system: You are a helpful assistant.
user:
Analyze the provided spectrum to determine if it is a **"Cataclysmic Variables (CV)"**.

- **Key Indicators for CV (Check for either state):**
    - **State 1: Quiescent / Low-State (Emission-Dominated)**
        - **(Primary):** Strong and *very broad* Hydrogen Balmer emission lines (e.g., $H\alpha$ at 6563 Å, $H\beta$ at 4861 Å). The 'broadness' (high velocity dispersion, often FWHM > 1000 km/s) is the key diagnostic, indicating a high-velocity accretion disk.
        - **(Secondary):** Broad neutral Helium (He I) emission lines (e.g., 5876 Å, 6678 Å).
        - **(Key Confirmation):** Presence of high-excitation *ionized* Helium (He II) emission at 4686 Å. This is a strong indicator of accretion onto a white dwarf.
        - **(Line Profile):** Emission lines may exhibit a 'double-peaked' profile, which is a classic signature of a rotating accretion disk viewed at high inclination.

    - **State 2: Outburst / High-State (Absorption-Dominated)**
        - **(Primary):** Spectrum is dominated by a bright, blue continuum (looks like a hot star).
        - **(Secondary):** The emission lines from State 1 are weak, absent, or 'filled in', and are replaced by broad, shallow *absorption* lines (primarily Balmer and He I).
        - **(Morphology):** The overall spectrum mimics a hot B/A-type star. The crucial difference is that the absorption lines are significantly broader, shallower, and more 'washed-out' (or 'smeared') than the sharp lines of a normal stellar photosphere, due to high rotational speeds and pressure broadening in the disk.

Think first, call **spectral_visualization_tool** if needed to examine features in detail, then provide your final answer. Your response must adhere to the following strict rules:
1.  **Overall Structure:** Your response must follow the format `<think>...</think> <tool_call>...</tool_call> (if a tool is used) <answer>...</answer>`.
2.  **Tool Usage Constraint:** You may only make **one** tool call per turn.
3.  **Final Answer Format:** In the `<answer>` tag, your conclusion must be inside a `\boxed{}` command (e.g., `\boxed{YES}`), followed by your justification.

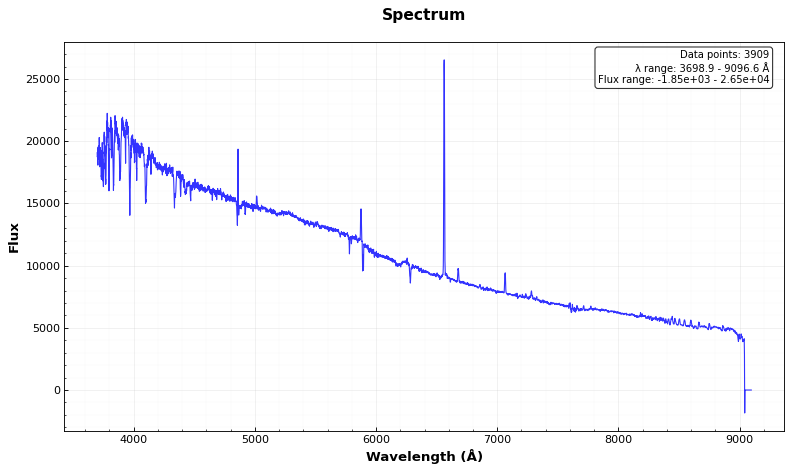
Answer: NO